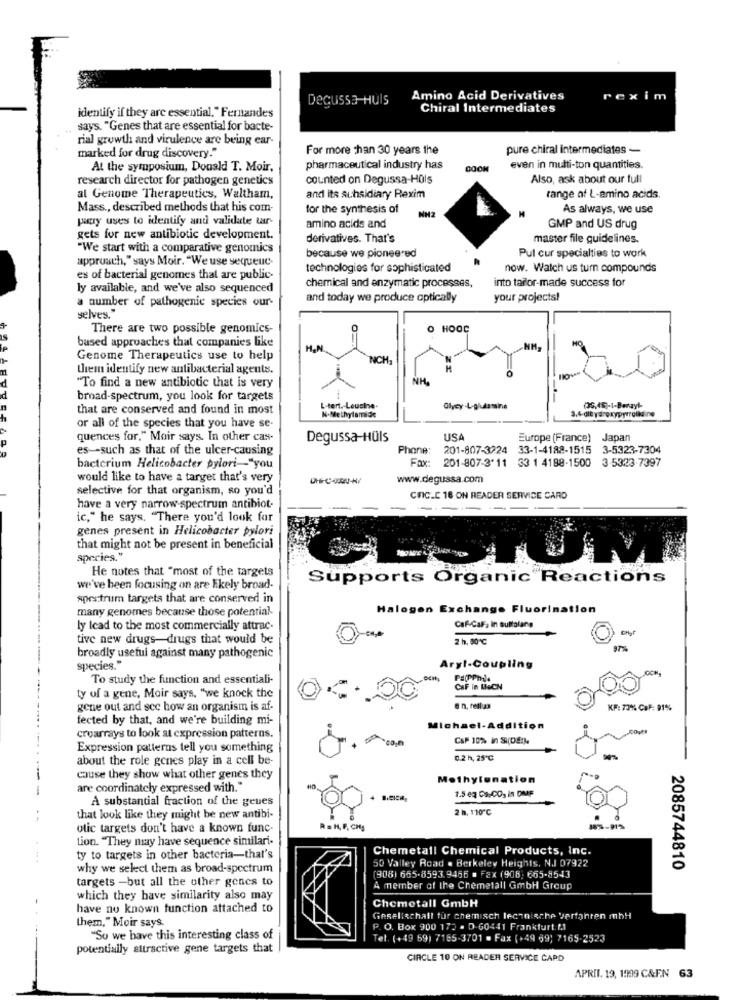
Degussa-Huls
Amino Acid Derivatives
rexim
Chiral Intermediates
identify if they are essential." Fernandes
says. "Genes that are essential for bacte-
rial growth and virulence are being ear-
marked for drug discovery."
For more than 30 years the
pure chiral intermediates -
At the symposium, Donald T. Moir,
pharmaceutical industry has
GOON
even in multi-ton quantities.
research director for pathogen genetics
counted on Degussa-Hols
Also, ask about our full
al Genome Therapeutics, Waltham,
and its subsidiary Rexim
range of L-amino acids.
Mass ., described methods that his com-
for the synthesis of
NH2
As always, we use
pory uses to identify and validate tar-
amino acids and
GMP and US drug
gets for new antibiotic development.
derivatives. That's
master file guidelines.
"We start with a comparative genomics
approach," says Moir. "We use sequeuc-
because we pioneered
Pul cur specialties to work
technologies for sophisticated
now. Watch us turn compounds
es of bacterial genomes that are public-
chemical and enzymatic processes,
into tailor-made success for
ly available, and we've also sequenced
a number of pathogenic species our-
and today we produce optically
your projects!
selves."
There are two possible genomics-
O
HOOC
based approaches that companies like
Genome Therapeutics use to help
NCH
them identify new antibacterial agents.
"To find a new antibiotic that is very
broad-spectrum, you look for targets
that are conserved and found in most
L-tert. - Leucine-
N-Methylamide
Glycy -L-glutamine
3.4-dit ydroxypyrrolidine
or all of the species that you have se-
quences for." Moir says. In other cas-
Degussa-Hüls
USA
Europe (France)
Japan
es -- such as that of the ulcer-causing
Phone:
201-807-3224
33-1-4188-1515 3-5323-7304
Fax:
201-807-3' 11 33 1 4188-1500 3-5323-7397
bacterium Helicobacter pylori -- "you
would like to have a target that's very
www.degussa.com
selective for that organism, so you'd
CINC.C 18 ON READER SERVICE CARD
have a very narrow-spectrum antibiot-
-
------
ic," he says. "There you'd look for
genes present in Helicobacter pylori
that might not be present in beneficial
species."
He notes that "most of the targets
Supports Organic Reactions
we've been focusing on are Ekely broad-
spectrum targets that are conserved in
many genomes because those potential-
Halogen Exchange Fluorination
Caf-CaF, In suttolang
ly lead to the most commercially attrac-
tive new drugs-drugs that would be
2 h. 00℃
broadly useful against many pathogenic
species."
Aryl-Coupling
OCH
To study the function and essentiali-
CaF in LeCH
ty of a gene, Moir says, "we knock the
gene out and scc how an organism is af-
KF: 73% CaF: 91%
fected by that, and we're building mi-
Michael-Addition
croarrays to look at expression patterns.
CSP 10% in SI(DE).
Expression patterns tell you something
about the role gones play in a cell be-
0.2 h, 25℃
cause they show what other genes they
Methylunation
are coordinately expressed with."
1.5 eq Cs.CO. In DMF
A substantial fraction of the geues
2 h. 110℃
that look like they might be new antibi-
otic targets don't have a known func-
A =H, F. CHS
tion. "They may have sequence similari-
Chemetall Chemical Products, Inc.
ty to targets in other bacteria-that's
50 Valley Road . Berkeley Heights, NJ 07922
why we select them as broad-spectrum
2085744810
targets -but all the other genes to
(908) 665-8593.9466 . FEX (908: 665-8543
A member of the Chemetall GmbH Group
-
which they have similarity also may
have no known function attached to
Chemetall GmbH
Gesellschaft fur chemisch technische verfahren mbH
them," Moir says.
P. O. Box 900 172 - D-60441 Frankfurt. M.
"Su we have this interesting class of
Tel. (+49 69) 7165-3701 - Fax ( +49 69) 7165-2523
potentially attractive gene targets that
CIRCLE 10 ON READER SERVICE CAPD
APRIL. 19, 1999 C&EN 63